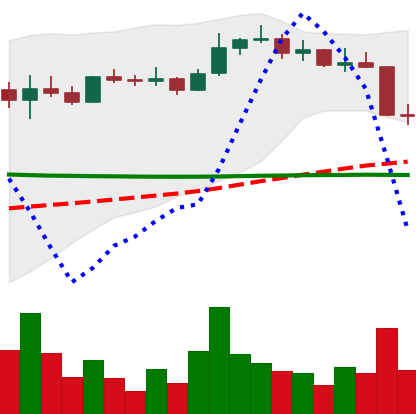
Ticker: ETC-USD
Chart end date: 2022-08-20
Forward return: 13.03%
Label: up_7plus